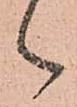
御